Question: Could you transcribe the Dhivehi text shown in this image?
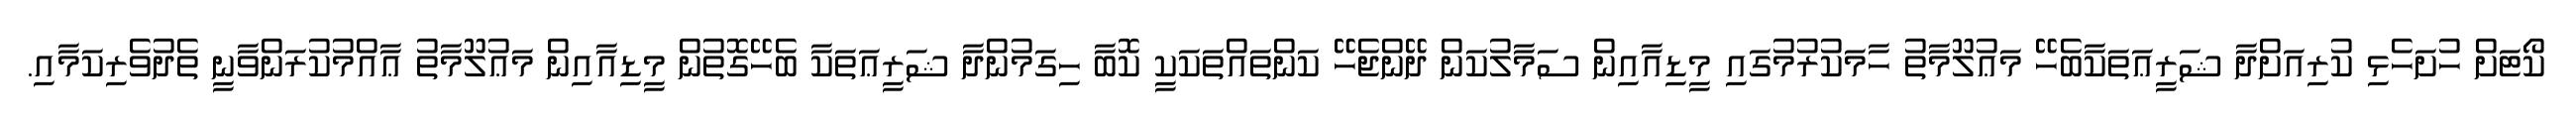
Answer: ކޯޓަށް ހުށަހެޅި ކުރިއަށްދާ ޝަރީޢަތަކާބެހޭ މަޢުލޫމާތު ހާމަކުރުމުގައި މީޑިއާއިން ސަމާލުކަން ދޭންޖެހޭ ކަންތައްތަކަކީ ކޮބާ ހިގަމުންދާ ޝަރީޢަތަކާ ބެހޭގޮތުން މީޑިއާއިން މަޢުލޫމާތު ޢާއްމުކުރަންވާނީ ތެދުވެރިކަމާއި.